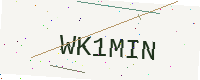
Text: WK1MIN